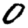
Digit: 0